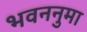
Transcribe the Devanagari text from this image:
भवननुमा